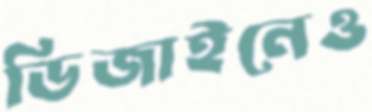
ডিজাইনেও